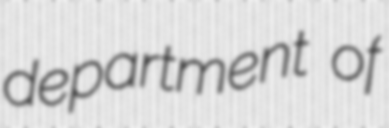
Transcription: department of